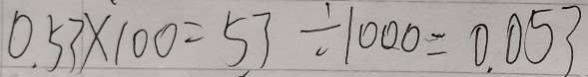
0 . 5 3 \times 1 0 0 = 5 3 \div 1 0 0 0 = 0 . 0 5 3